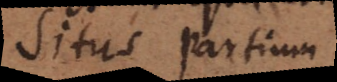
Situs partium